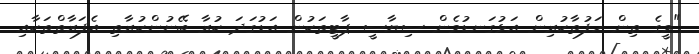
"މީގެ ތިން ހަފުތާކުރިން އަޅުގަނޑުމެން ސިޔާސީ ޕާޓީތަކުން އަޑުގަދަ ކުރާ ބޭނުންކުރާތި އެފަރާތްތަކާއި